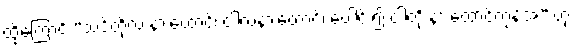
ထို့ကြောင့် “သင်တို့လဲ နားထောင်၊ ငါလဲနားထောင်၊ ပေါင်း၍ ငါတို့ နားထောင်ကုန်အံ့” ဟု